Vaccination United Provinces of Agra and Oudh 1914-1922 - 1914-1922
Year: 1914
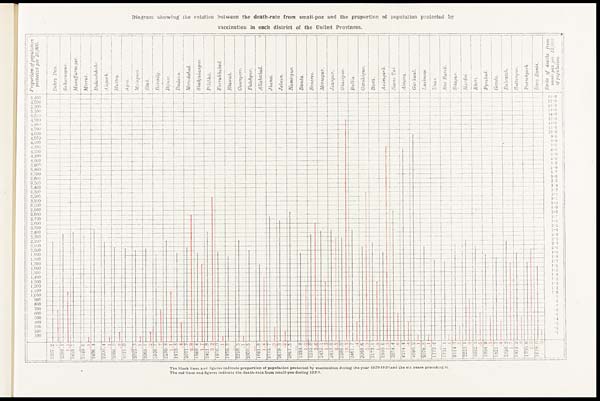
Diagram showing the relation between the death-rate from small-pox and the proportion of population protected by
vaccination in each district of the United Provinces.
The black lines and figures indicate proportion of population protected by vaccination during the year 1920-1921 and the six years preceding it.
The red lines and figures indicate the death-rate from small-pox during 1920.